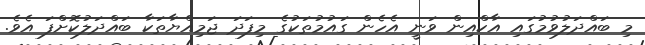
މި ބައްދަލުވުމުގައި އާކްއިން ވަނީ އެހެން ގައުމުތަކުގެ މިފަދަ ޖަމިއްޔާތަކާ ބައްދަލުކޮށްފަ އެވެ.